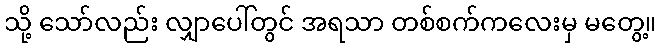
သို့ သော်လည်း လျှာပေါ်တွင် အရသာ တစ်စက်ကလေးမှ မတွေ့။